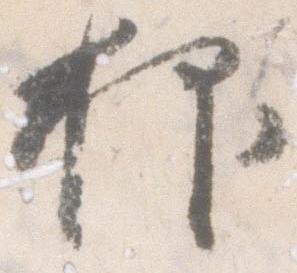
抑